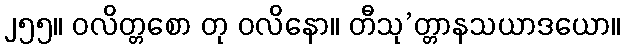
၂၅၅။ ဝလိတ္တစော တု ဝလိနော။ တီသု’တ္တာနသယာဒယော။